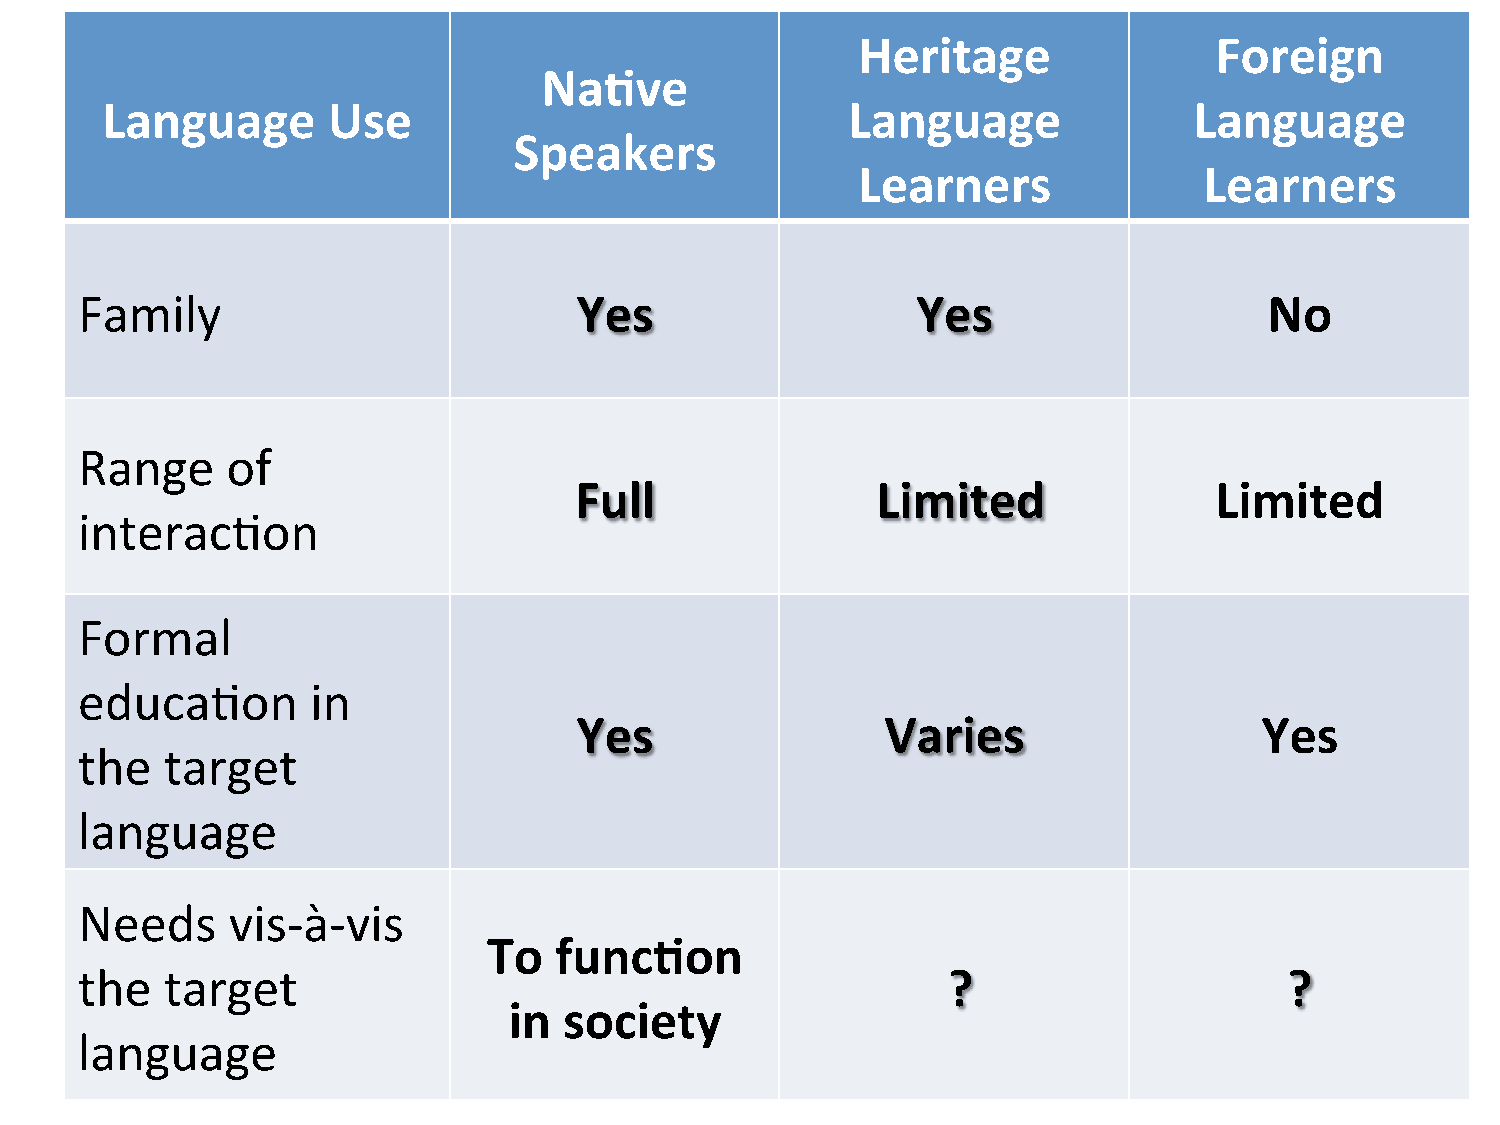
Heritage               Foreign
 Na.ve
 Language       Use                               Language               Language
 Speakers
 Learners               Learners
 Family                           Yes                    Yes                    No
 Range     of
 Full                Limited               Limited
 interac=on
 Formal
 educa=on        in
 Yes                  Varies                   Yes
 the   target
 language
 Needs     vis-­‐à-­‐vis
 To   func.on
 the   target                                              ?                     ?
 in society
 language